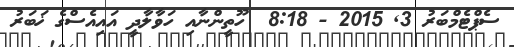
ސެޕްޓެމްބަރު 3